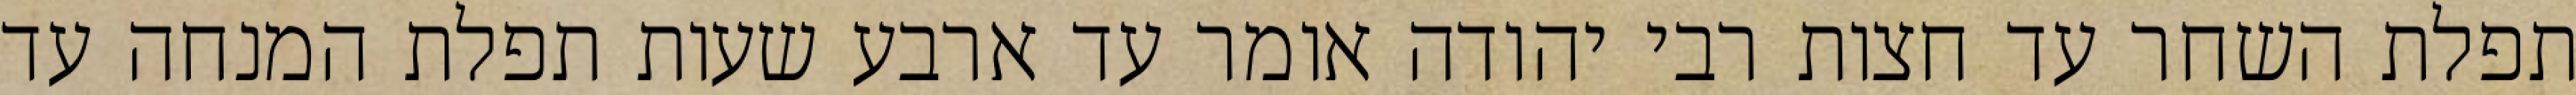
תפלת השחר עד חצות רבי יהודה אומר עד ארבע שעות תפלת המנחה עד